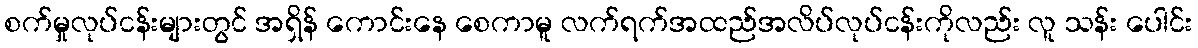
စက်မှုလုပ်ငန်းများတွင် အရှိန် ကောင်းနေ စေကာမူ လက်ရက်အထည်အလိပ်လုပ်ငန်းကိုလည်း လူ သန်း ပေါင်း